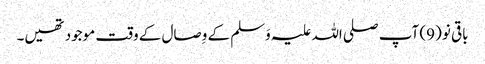
باقی نو (9) آپ صلی اللہ علیہ وَسلم کے وِصال کے وقت موجود تھیں۔